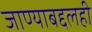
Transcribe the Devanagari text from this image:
जाण्याबद्दलही